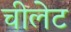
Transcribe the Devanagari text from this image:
चीलेट